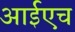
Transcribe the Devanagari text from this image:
आईएच